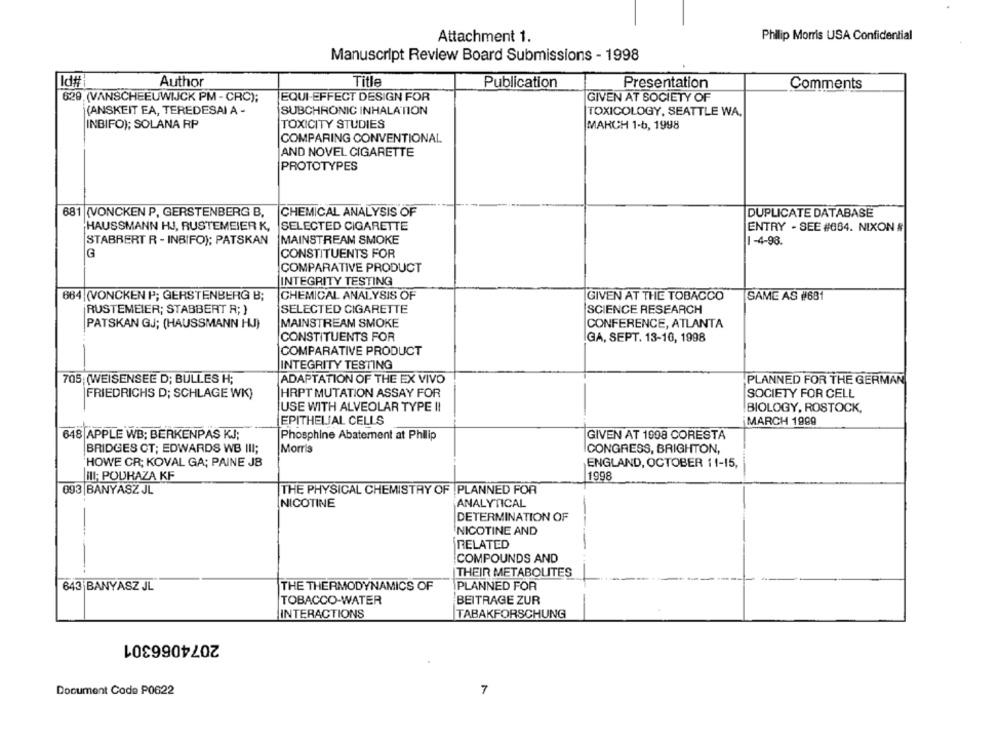
Attachment 1.
Philip Morris USA Confidential
Manuscript Review Board Submissions - 1998
Id#
Title
Author
Publication
Presentation
Comments
629, (VANSCHEEUWIJCK PM - CRC);
EQUI-EFFECT DESIGN FOR
GIVEN AT SOCIETY OF
(ANSKEIT FA, TEREDESAI A -
SUBCHRONIC INHALATION
TOXICOLOGY, SEATTLE WA,
INBIFO); SOLANA RP
TOXICITY STUDIES
MARCH 1-b, 1998
COMPARING CONVENTIONAL
AND NOVEL CIGARETTE
PROTOTYPES
681 (VONCKEN P, GERSTENBERG B, CHEMICAL ANALYSIS OF
DUPLICATE DATABASE
HAUSSMANN HJ, RUSTEMEIER K,
SELECTED CIGARETTE
ENTRY - SEE #664. NIXON #
STABBERT R - INBIFO); PATSKAN
MAINSTREAM SMOKE
1-4-98
CONSTITUENTS FOR
G
COMPARATIVE PRODUCT
INTEGRITY TESTING
664 (VONCKEN P; GERSTENBERG B;
CHEMICAL ANALYSIS OF
GIVEN AT THE TOBACCO
SAME AS #681
RUSTEMEIER; STABBERT R; )
SELECTED CIGARETTE
SCIENCE RESEARCH
PATSKAN GJ; (HAUSSMANN HJ)
MAINSTREAM SMOKE
CONFERENCE, ATLANTA
CONSTITUENTS FOR
IGA, SEPT. 13-10, 1998
COMPARATIVE PRODUCT
INTEGRITY TESTING
705 (WEISENSEE D; BULLES H;
ADAPTATION OF THE EX VIVO
PLANNED FOR THE GERMAN
FRIEDRICHS D; SCHLAGE WK)
HRPT MUTATION ASSAY FOR
SOCIETY FOR CELL
USE WITH ALVEOLAR TYPE II
BIOLOGY, ROSTOCK,
EPITHELIAL CELLS
MARCH 1999
648 APPLE WB; BERKENPAS KJ;
Phosphine Abatement at Philip
GIVEN AT 1008 CORESTA
BRIDGES CT; EDWARDS WB III;
Morris
CONGRESS, BRIGHTON,
HOWE CR; KOVAL GA; PAINE JB
ENGLAND, OCTOBER 11-15,
III; PODRAZA KF
1998
093 BANYASZ JL
THE PHYSICAL CHEMISTRY OF PLANNED FOR
NICOTINE
ANALYTICAL
DETERMINATION OF
---
NICOTINE AND
RELATED
-
COMPOUNDS AND
THEIR METABOLITES
643 BANYASZ JL
PLANNED FOR
THE THERMODYNAMICS OF
TOBACCO-WATER
BEITRAGE ZUR
INTERACTIONS
TABAKFORSCHUNG
2074066301
Document Code P0622
7